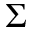
\Sigma